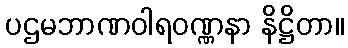
ပဌမဘာဏဝါရဝဏ္ဏနာ နိဋ္ဌိတာ။